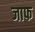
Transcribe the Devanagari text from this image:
जाफ